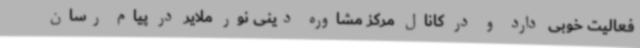
فعالیت خوبی دارد و در کانال مرکز مشاوره دینی نور ملایر در پیام رسان